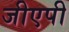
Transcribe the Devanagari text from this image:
जीएपी